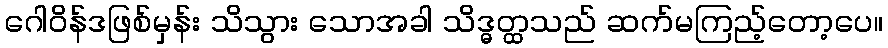
ဂေါဝိန်ဒဖြစ်မှန်း သိသွား သောအခါ သိဒ္ဓတ္ထသည် ဆက်မကြည့်တော့ပေ။